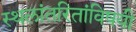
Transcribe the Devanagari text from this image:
स्थलांतरितांविषयी